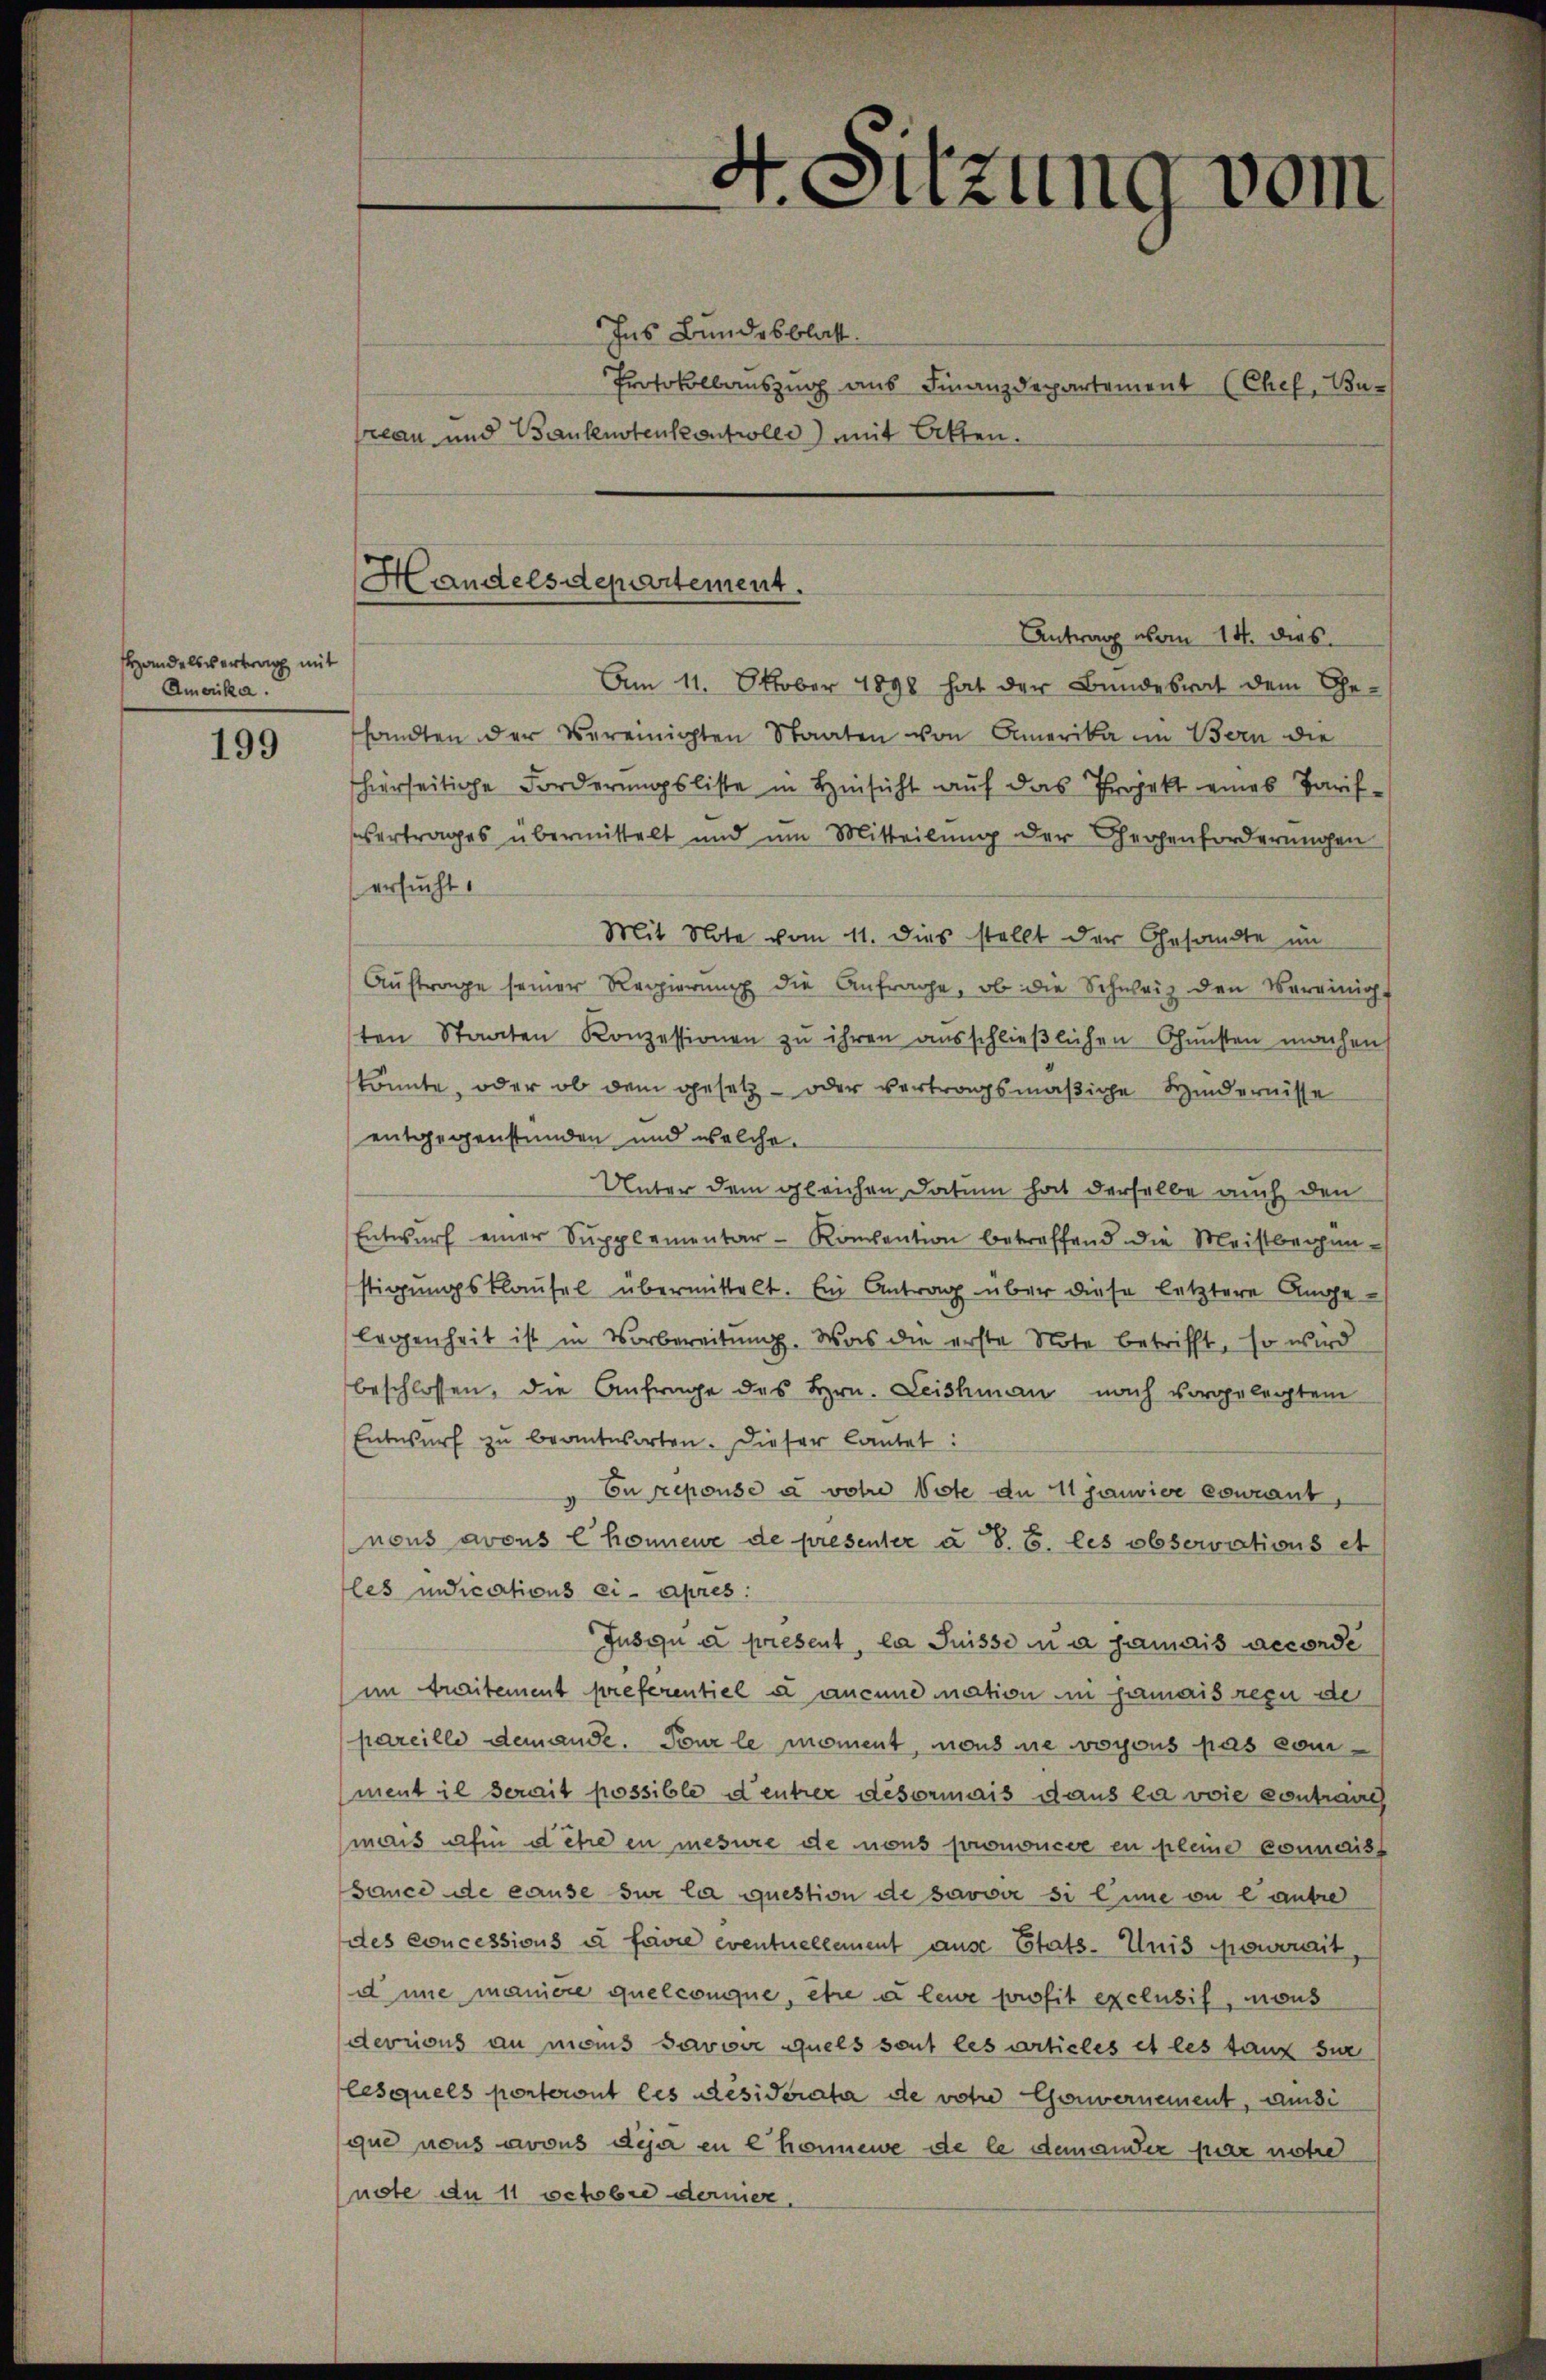
Handelsvertrag mit
Amerika.

199

Ins Bundesblatt.
Protokollauszug aus Finanzdepartement (Chef, Bu-
reau und Baulenstenkontrolle) mit Atten.
Antrag vom 14. dies
Am 11. Oktober 1898 hat der Bundesrat dem Ge-
sandten der Vereinigten Staaten von Amerika im Bern die
hierseitige Forderungsliste in Hinsicht auf das Projekt eines Tarif¬
Vertrages übermittelt und um Mitteilung der Cherhenforderungen
ersucht.
Mit Note vom 11. dies stellt der Gesandte im
Auftrage seiner Regierung die Anfrage, ob die Schweiz den Vereinigt
ten Staaten Konzessionen zu ihren ausschließlichen Gunsten machens
könnte, oder ob dem gesetz- oder vertragsmäßige Hindernisse
entgegenstunden und welche
Unter dem gleichen Datum hat derselbe auch den
Entwurf einer Supplementar - Konvention betreffend die Meistbeganstigungsklausel übermittelt. Ein Antrag über diese letztere Angelegenheit ist in Vorbereitung. Was die erste Note betrifft, so wird
beschlossen, die Anfrage des Hrn. Leishman nach vorgelegtem
Entwurf zŭ beantworten. Dieser lautet:
" Eurepouse à vohre Note de 11 Janvier courant,
nous avous l komene de presenter u. 8. B. les observations et
les indications ci-apres:
Jusgu a present, la Suisse u a jamais accorde
im traitement preferentiel u aucune mation in jamais reçu de
pareille demande. Pour le moment, nous nie woyous pas comment il serait possible d’entrer désormais dans la voie contraires
mais afin d ehre en mesure de nous prononcée en pleine connaiss
Bance de cause sur la question de savoir si line ou e autre
des concessions u Favre eventuellement ause Etats- Uuis powerait,
d une manière quelconque, etwe a leve profit exclusif, nous
devrons an mans Savoir quels sont les articles et les tanz zur
lesquels ponteront les Residerata de votie Gouvernement, aussi
que nous avous deja en Chonnene de le demander par notre
nste du 11 Octobre dernier.

A. Sitzung vom

Handelsdepartement.